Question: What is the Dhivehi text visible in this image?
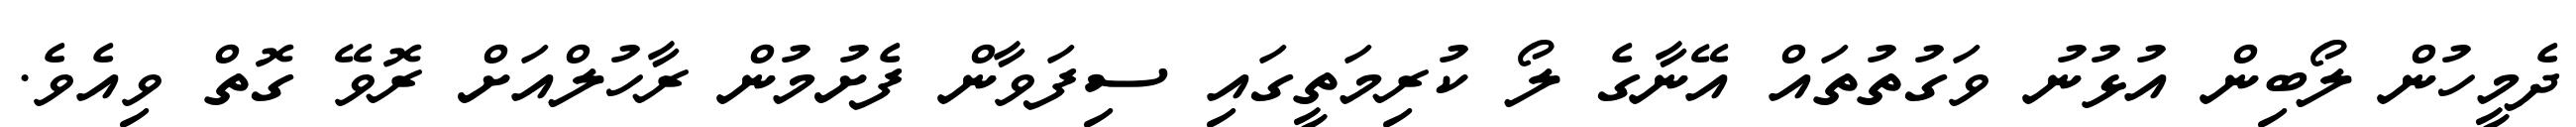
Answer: ދެމީހުން ލޯބިން އުޅުނު ވަގުތުތައް އޭނާގެ ލޯ ކުރިމަތީގައި ސިފަވާން ފެށުމުން ރާހުލްއަށް ރޮވޭ ގޮތް ވިއެވެ.